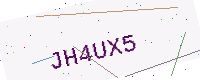
Text: JH4UX5